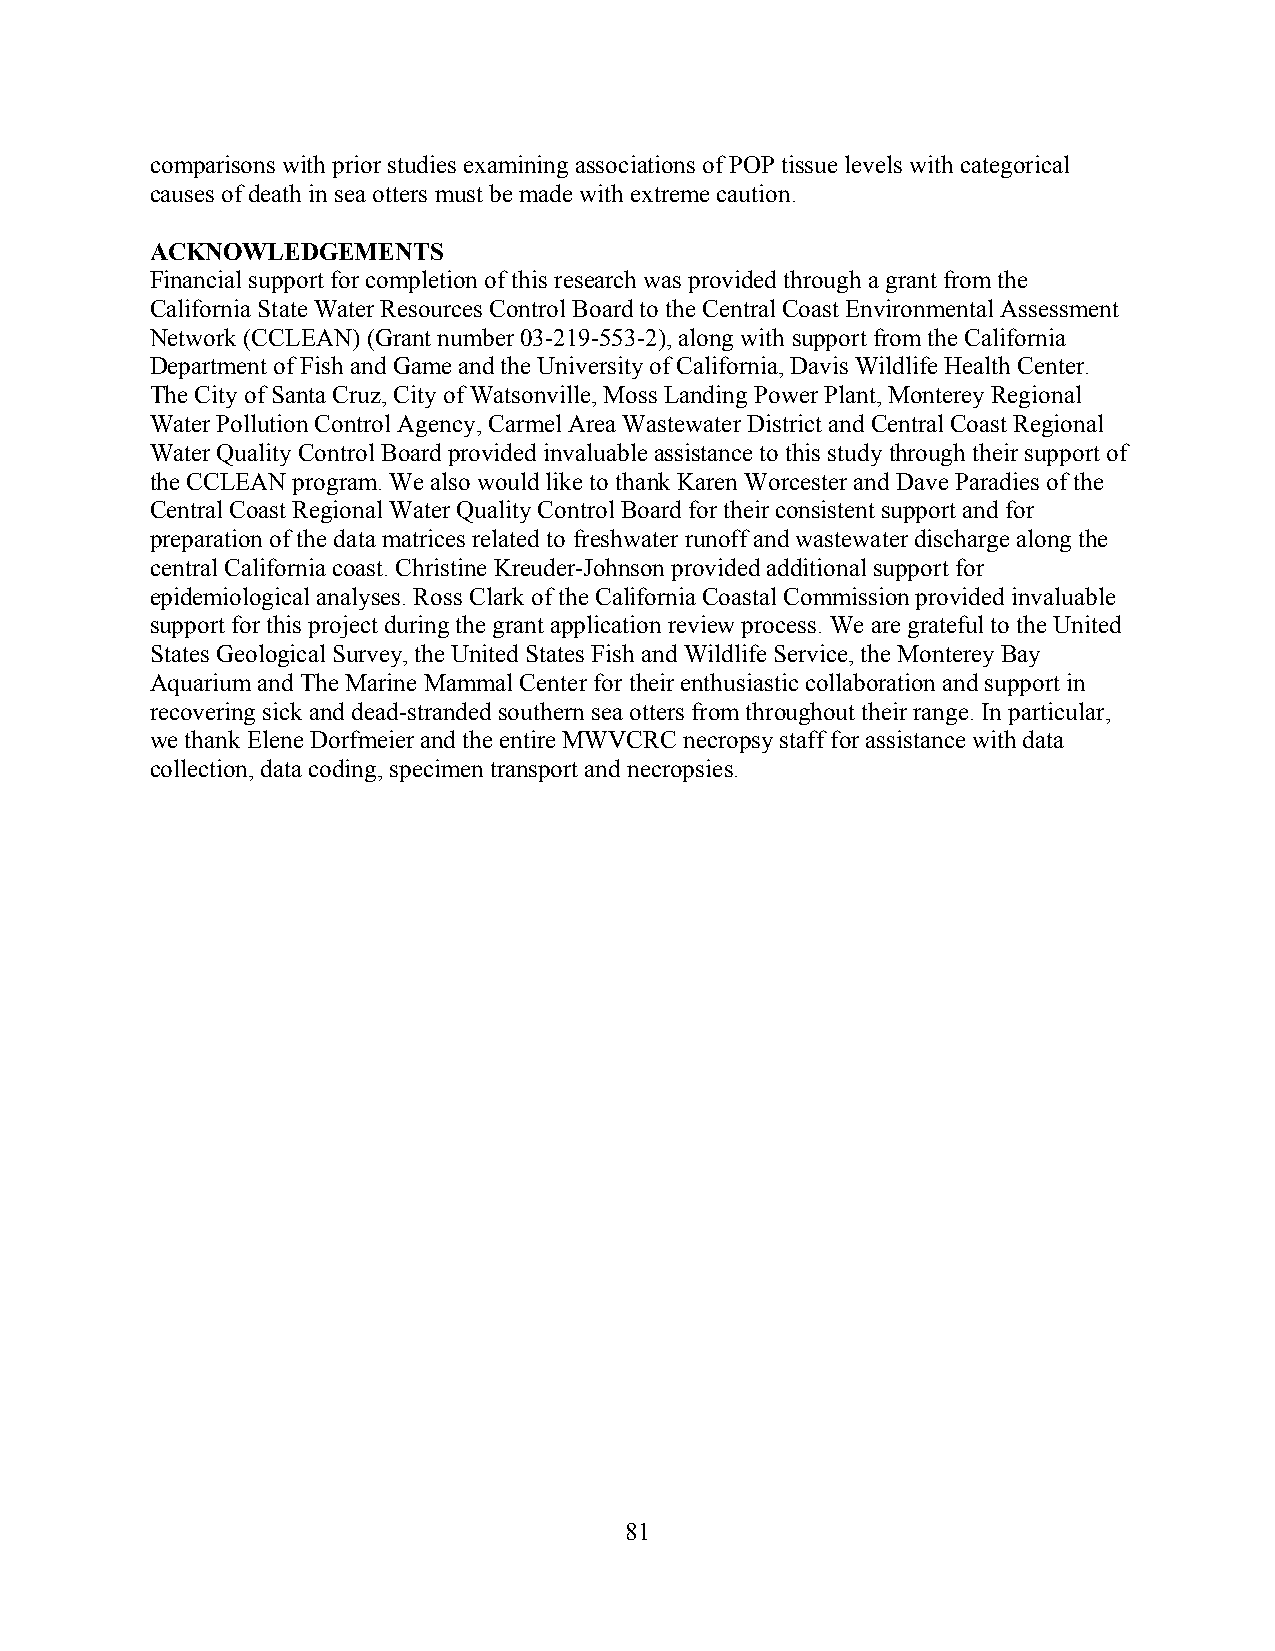
comparisons with prior studies examining associations of POP tissue levels with categorical
 causes of death in sea otters must be made with extreme caution.
 ACKNOWLEDGEMENTS
 Financial support for completion of this research was provided through a grant from the
 California State Water Resources Control Board to the Central Coast Environmental Assessment
 Network (CCLEAN) (Grant number 03-219-553-2), along with support from the California
 Department of Fish and Game and the University of California, Davis Wildlife Health Center.
 The City of Santa Cruz, City of Watsonville, Moss Landing Power Plant, Monterey Regional
 Water Pollution Control Agency, Carmel Area Wastewater District and Central Coast Regional
 Water Quality Control Board provided invaluable assistance to this study through their support of
 the CCLEAN program. We also would like to thank Karen Worcester and Dave Paradies of the
 Central Coast Regional Water Quality Control Board for their consistent support and for
 preparation of the data matrices related to freshwater runoff and wastewater discharge along the
 central California coast. Christine Kreuder-Johnson provided additional support for
 epidemiological analyses. Ross Clark of the California Coastal Commission provided invaluable
 support for this project during the grant application review process. We are grateful to the United
 States Geological Survey, the United States Fish and Wildlife Service, the Monterey Bay
 Aquarium and The Marine Mammal Center for their enthusiastic collaboration and support in
 recovering sick and dead-stranded southern sea otters from throughout their range. In particular,
 we thank Elene Dorfmeier and the entire MWVCRC necropsy staff for assistance with data
 collection, data coding, specimen transport and necropsies.
 81